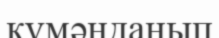
күмәнданып